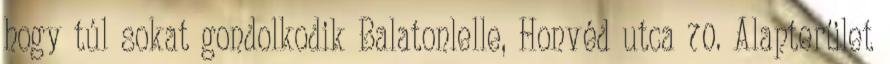
hogy túl sokat gondolkodik Balatonlelle, Honvéd utca 70. Alapterület